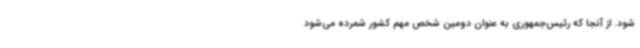
شود. از آنجا که رئیس‌جمهوری به‌ عنوان دومین شخص مهم کشور شمرده می‌شود